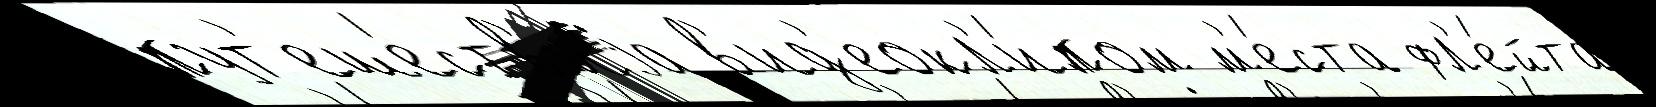
пут'еше́ств'иjа в'ид'еокл'и́пом м'е́ста фл'е́йта